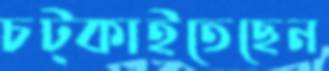
চট্‌কাইতেছেন